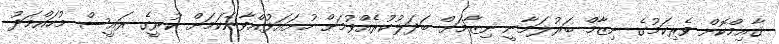
ޤާއިމްކޮށް ވެރިކަމުގެ ނިޒާމް ބަރުލަމާނީ ނިޒާމަށް ބަދަލުކުރެއްވުމަށް ހުށައަޅުއްވާނެކަމަށް ކުރީގެ ރައީސް މުހައްމަދު